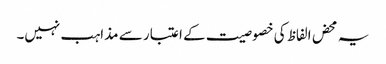
یہ محض الفاظ کی خصوصیت کے اعتبار سے مذاہب نہیں۔